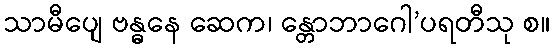
သာမီပျေ ဗန္ဓနေ ဆေက၊ န္တောဘာဂေါ’ပရတီသု စ။